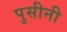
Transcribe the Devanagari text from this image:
पुसीनी